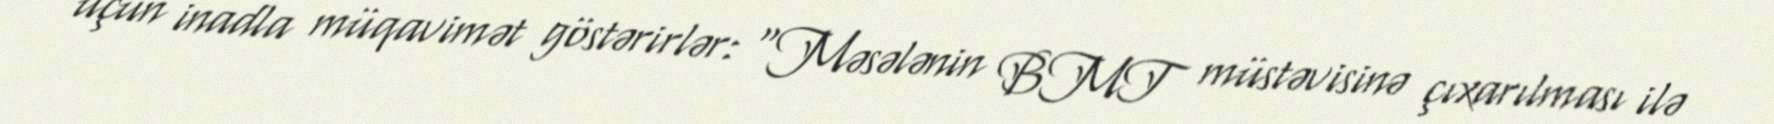
üçün inadla müqavimət göstərirlər: “Məsələnin BMT müstəvisinə çıxarılması ilə